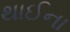
થાઈના